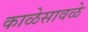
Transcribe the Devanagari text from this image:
काळेसावळे